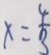
x = \frac { 4 } { 3 }